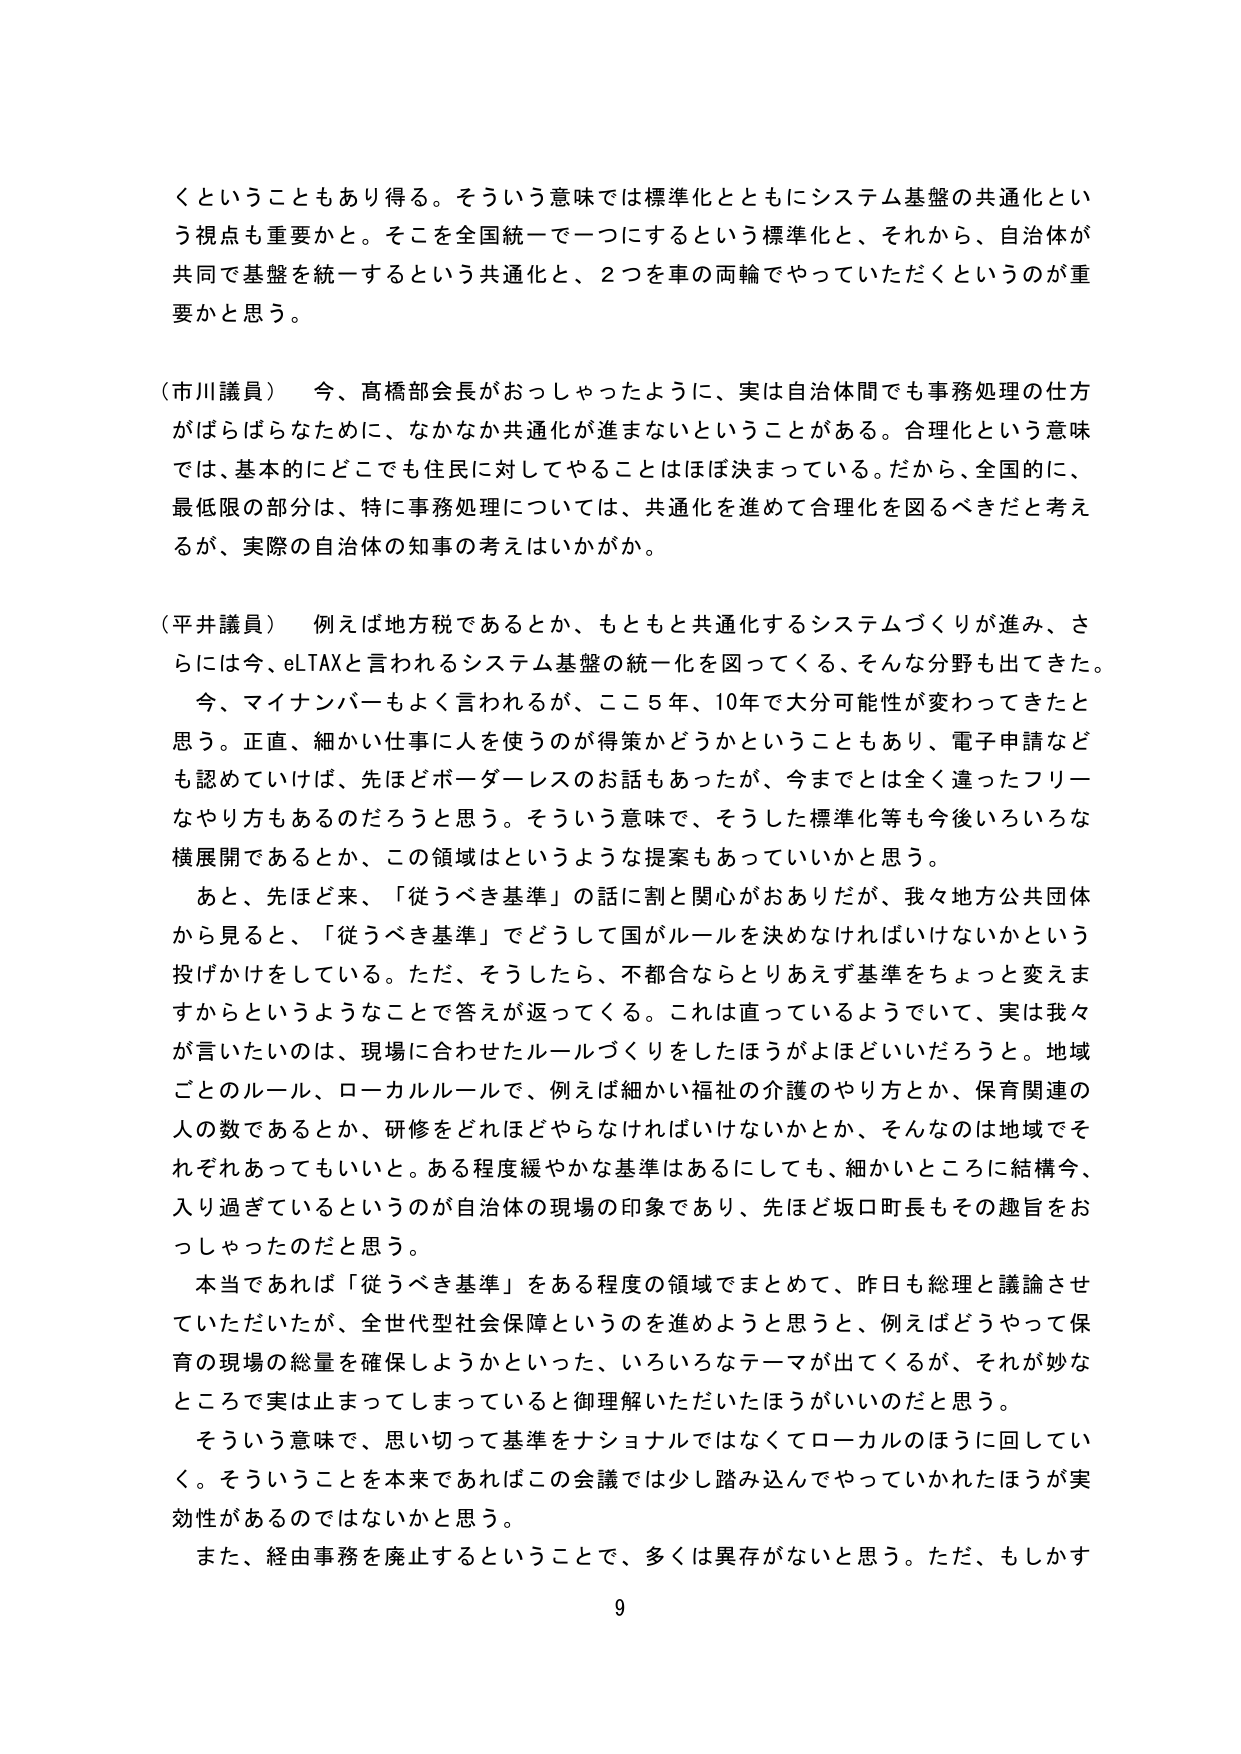
くということもあり得る。そういう意味では標準化とともにシステム基盤の共通化という視点も重要かと。そこを全国統一で一つにするという標準化と、それから、自治体が共同で基盤を統一するという共通化と、2つを車の両輪でやっていただくというのが重要かと思う。

（市川議員） 今、高橋部会長がおっしゃったように、実は自治体間でも事務処理の仕方がばらばらなために、なかなか共通化が進まないということがある。合理化という意味では、基本的にどこでも住民に対してやることはほぼ決まっている。だから、全国的に、最低限の部分は、特に事務処理については、共通化を進めて合理化を図るべきだと考えるが、実際の自治体の知事の考えはいかがか。

（平井議員） 例えば地方税であるとか、もともと共通化するシステムづくりが進み、さらには今、eLTAXと言われるシステム基盤の統一化を図ってくる、そんな分野も出てきた。今、マイナンバーもよく言われるが、ここ5年、10年で大分可能性が変わってきたと思う。正直、細かい仕事に人を使うのが得策かどうかということもあり、電子申請なども認めていけば、先ほどボーダーレスのお話もあったが、今までとは全く違ったフリーなやり方もあるのだろうと思う。そういう意味で、そうした標準化等も今後いろいろな横展開であるとか、この領域はというような提案もあっていいかと思う。

あと、先ほど来、「従うべき基準」の話に割と関心がおありだが、我々地方公共団体から見ると、「従うべき基準」でどうして国がルールを決めなければならないかという投げかけをしている。ただ、そうしたら、不都合ならとりあえず基準をちょっと変えますからというようなことで答えが返ってくる。これは直っているようでいて、実は我々が言いたいのは、現場に合わせたルールづくりをしたほうがよほどいいだろうと。地域ごとのルール、ローカルルールで、例えば細かい福祉の介護のやり方とか、保育関連の人の数であるとか、研修をどれほどやらなければならないかとか、そんなのは地域でそれぞれあってもいいと。ある程度緩やかな基準はあるにしても、細かいところに結構今、入り過ぎているというのが自治体の現場の印象であり、先ほど坂口町長もその趣旨をおっしゃったのだと思う。

本当であれば「従うべき基準」をある程度の領域でまとめて、昨日も総理と議論させていただいたが、全世代型社会保障というのを進めようと思うと、例えばどうやって保育の現場の総量を確保しようかといった、いろいろなテーマが出てくるが、それが妙なところで実は止まってしまっていると御理解いただいたほうがいいのだと思う。

そういう意味で、思い切って基準をナショナルではなくてローカルのほうに回していく。そういうことを本来であればこの会議では少し踏み込んでやっていかれたほうが実効性があるのではないかと思う。

また、経由事務を廃止するということで、多くは異存がないと思う。ただ、もしかす

9